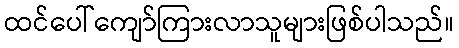
ထင်ပေါ်ကျော်ကြားလာသူများဖြစ်ပါသည်။